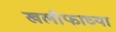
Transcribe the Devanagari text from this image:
खलीफाच्या